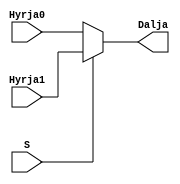
`timescale 1ns / 1ps
//////////////////////////////////////////////////////////////////////////////////
// Company: 
// Engineer: 
// 
// Design Name: 
// Module Name: mux2_ne1
// Project Name: 
// Target Devices: 
// Tool Versions: 
// Description: 
// 
// Dependencies: 
// 
// Revision:
// Revision 0.01 - File Created
// Additional Comments:
// 
//////////////////////////////////////////////////////////////////////////////////


module mux2_ne1(
    input Hyrja0,
    input Hyrja1,
    input S,
    output Dalja
    );
    
  assign Dalja = S ? Hyrja1 : Hyrja0;  
    
endmodule